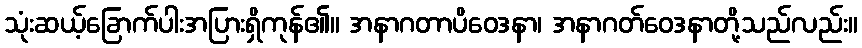
သုံးဆယ့်ခြောက်ပါးအပြားရှိကုန်၏။ အနာဂတာပိဝေဒနာ၊ အနာဂတ်ဝေဒနာတို့သည်လည်း။